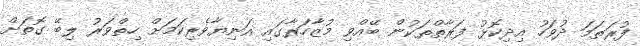
ފުރަތަމަ ދުވަހު އިދިކޮޅު ފަރާތްތަކުން ބޭއްވި މުޒާހަރާގައި އަނިޔާވެރިކަމަށް ހިތްވަރު ލިބޭ ގޮތަށް